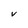
Character: V